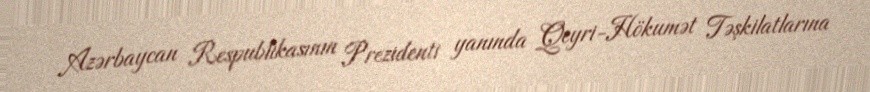
Azərbaycan Respublikasının Prezidenti yanında Qeyri-Hökumət Təşkilatlarına